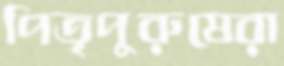
পিতৃপুরুষেরা